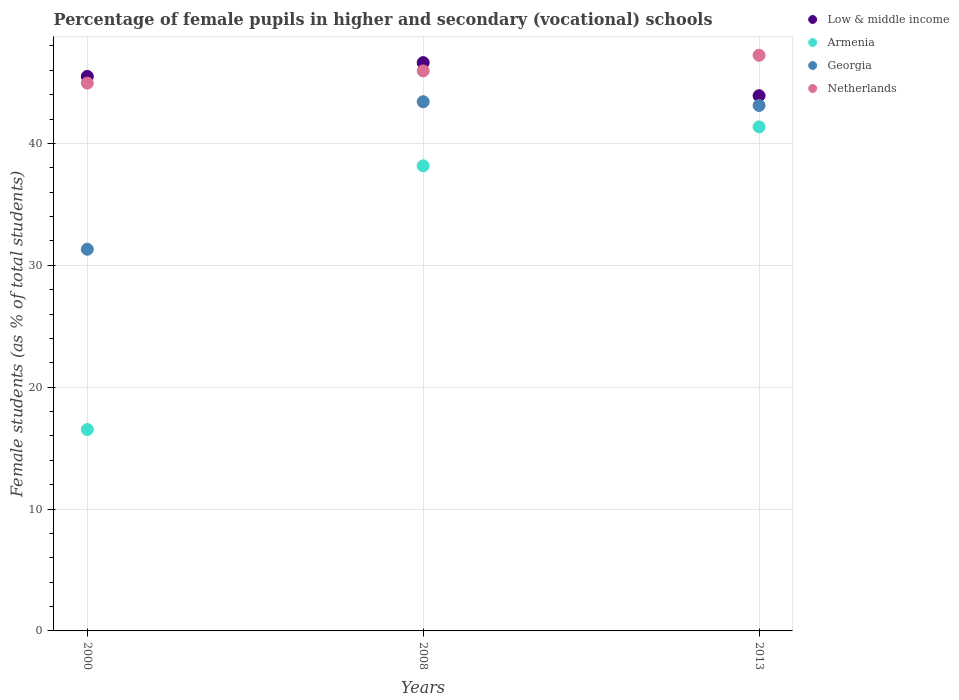
| Years | Low & middle income | Armenia | Georgia | Netherlands |
 | --- | --- | --- | --- | --- |
 | 2000 | 45.5 | 16.5 | 31.3 | 44.9 |
 | 2008 | 46.6 | 38.2 | 43.4 | 45.9 |
 | 2013 | 43.9 | 41.4 | 43.1 | 47.2 |